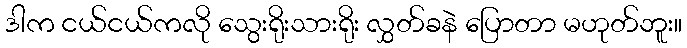
ဒါက ငယ်ငယ်ကလို သွေးရိုးသားရိုး လွှတ်ခနဲ ပြောတာ မဟုတ်ဘူး။